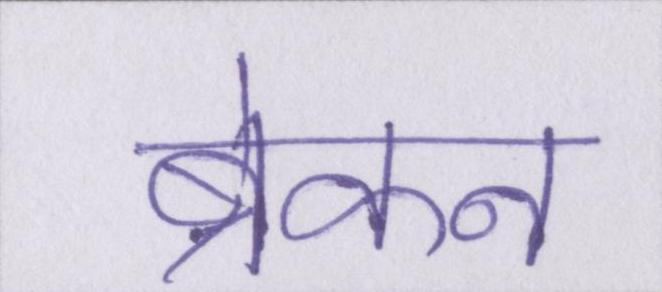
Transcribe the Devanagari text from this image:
ब्रेकन